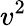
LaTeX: v^{2}